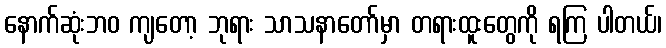
နောက်ဆုံးဘဝ ကျတော့ ဘုရား သာသနာတော်မှာ တရားထူးတွေကို ရကြ ပါတယ်၊